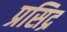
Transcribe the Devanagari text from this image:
प्रसिद्र